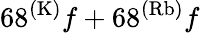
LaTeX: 68^{(\mathrm{K)}}f+68^{(\mathrm{Rb)}}f